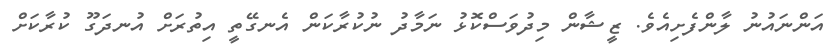
އަންނައުނު ލާންފެށިއެވެ. ޒީޝާން މިދުވަސްކޮޅު ނަމާދު ނުކުރާކަން އެނގޭތީ އިތުރަށް އުނދަގޫ ކުރާކަށް